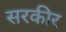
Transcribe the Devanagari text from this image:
सरकीर